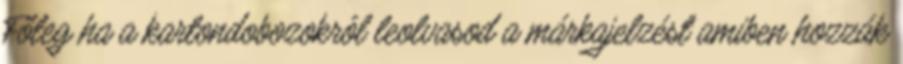
Főleg ha a kartondobozokról leolvasod a márkajelzést amiben hozzák